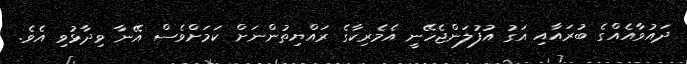
ދައުވާއެއްގެ ބުރައާއި އަގު އުފުލަންޖެހޭނީ އެމެރިކާގެ ރައްޔިތުންނަށް ކަމަށްވެސް އޭނާ ވިދާޅުވި އެވެ.